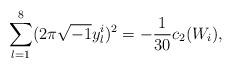
LaTeX: \begin{align*}\sum_{l=1}^8(2\pi\sqrt{-1}y_l^i)^2=-\frac{1}{30}c_2(W_i),\end{align*}